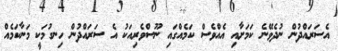
އެސަރައްދުން ނުދެވޭނެ ކަމަށާއި އެއްވެސް ކަމެއްގައި ނޫސްވެރިއަކު އެ ސަރައްދުން ހިނގުމަކީ މަނާކަމެއް